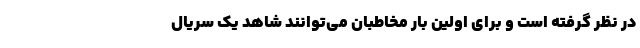
در نظر گرفته است و برای اولین بار مخاطبان می‌توانند شاهد یک سریال